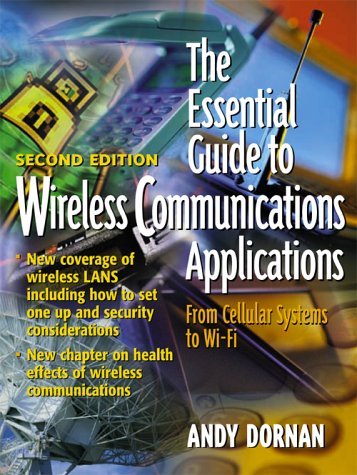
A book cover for The Essential Guide to Wireless Communications Applications (2nd Edition); Andy Dornan; Computers & Technology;